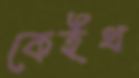
কেইথ